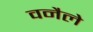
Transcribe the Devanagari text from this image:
वनैले